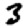
Digit: 3